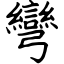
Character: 彎